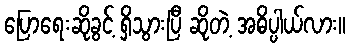
ပြောရေးဆိုခွင့် ရှိသွားပြီ ဆိုတဲ့ အဓိပ္ပါယ်လား။